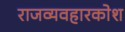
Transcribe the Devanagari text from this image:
राजव्यवहारकोश